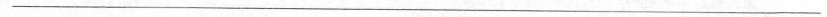
___